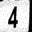
Digit: 4